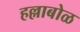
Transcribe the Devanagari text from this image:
हल्लाबोळ